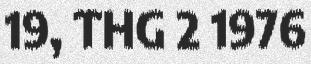
19, THG 2 1976